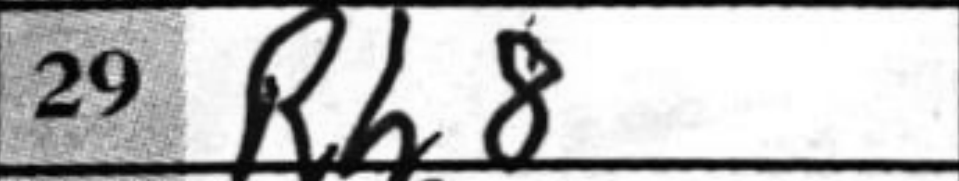
Transcription: Rh8